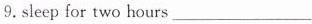
9.sleep for two hours___